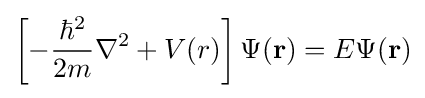
\left[-{\frac {\hbar ^{2}}{2m}}\nabla ^{2}+V(r)\right]\Psi (\mathbf {r} )=E\Psi (\mathbf {r} )